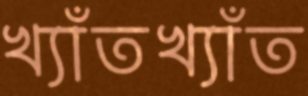
খ্যাঁতখ্যাঁত